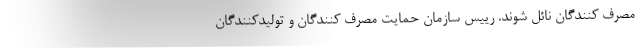
مصرف کنندگان نائل شوند. رییس سازمان حمایت مصرف کنندگان و تولیدکنندگان